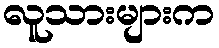
လူသားများက